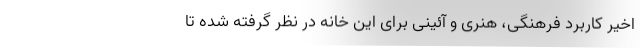
اخیر کاربرد فرهنگی، هنری و آئینی برای این خانه در نظر گرفته شده تا